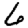
Digit: 6